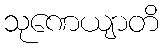
သုဏေယျာတိ